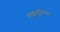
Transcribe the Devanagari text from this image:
मकदुनिया